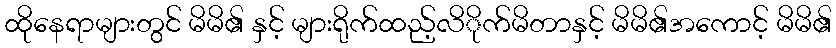
ထိုနေရာများတွင် မိမိ၏ နှင့် များရိုက်ထည့်လိိုက်မိတာနှင့် မိမိ၏အကောင့် မိမိ၏